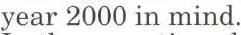
year 2000 in mind.